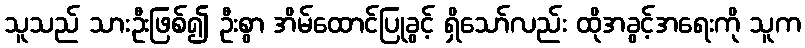
သူသည် သားဦးဖြစ်၍ ဦးစွာ အိမ်ထောင်ပြုခွင့် ရှိသော်လည်း ထိုအခွင့်အရေးကို သူက